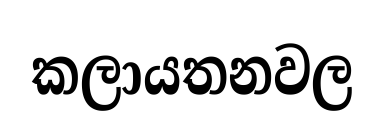
කලායතනවල